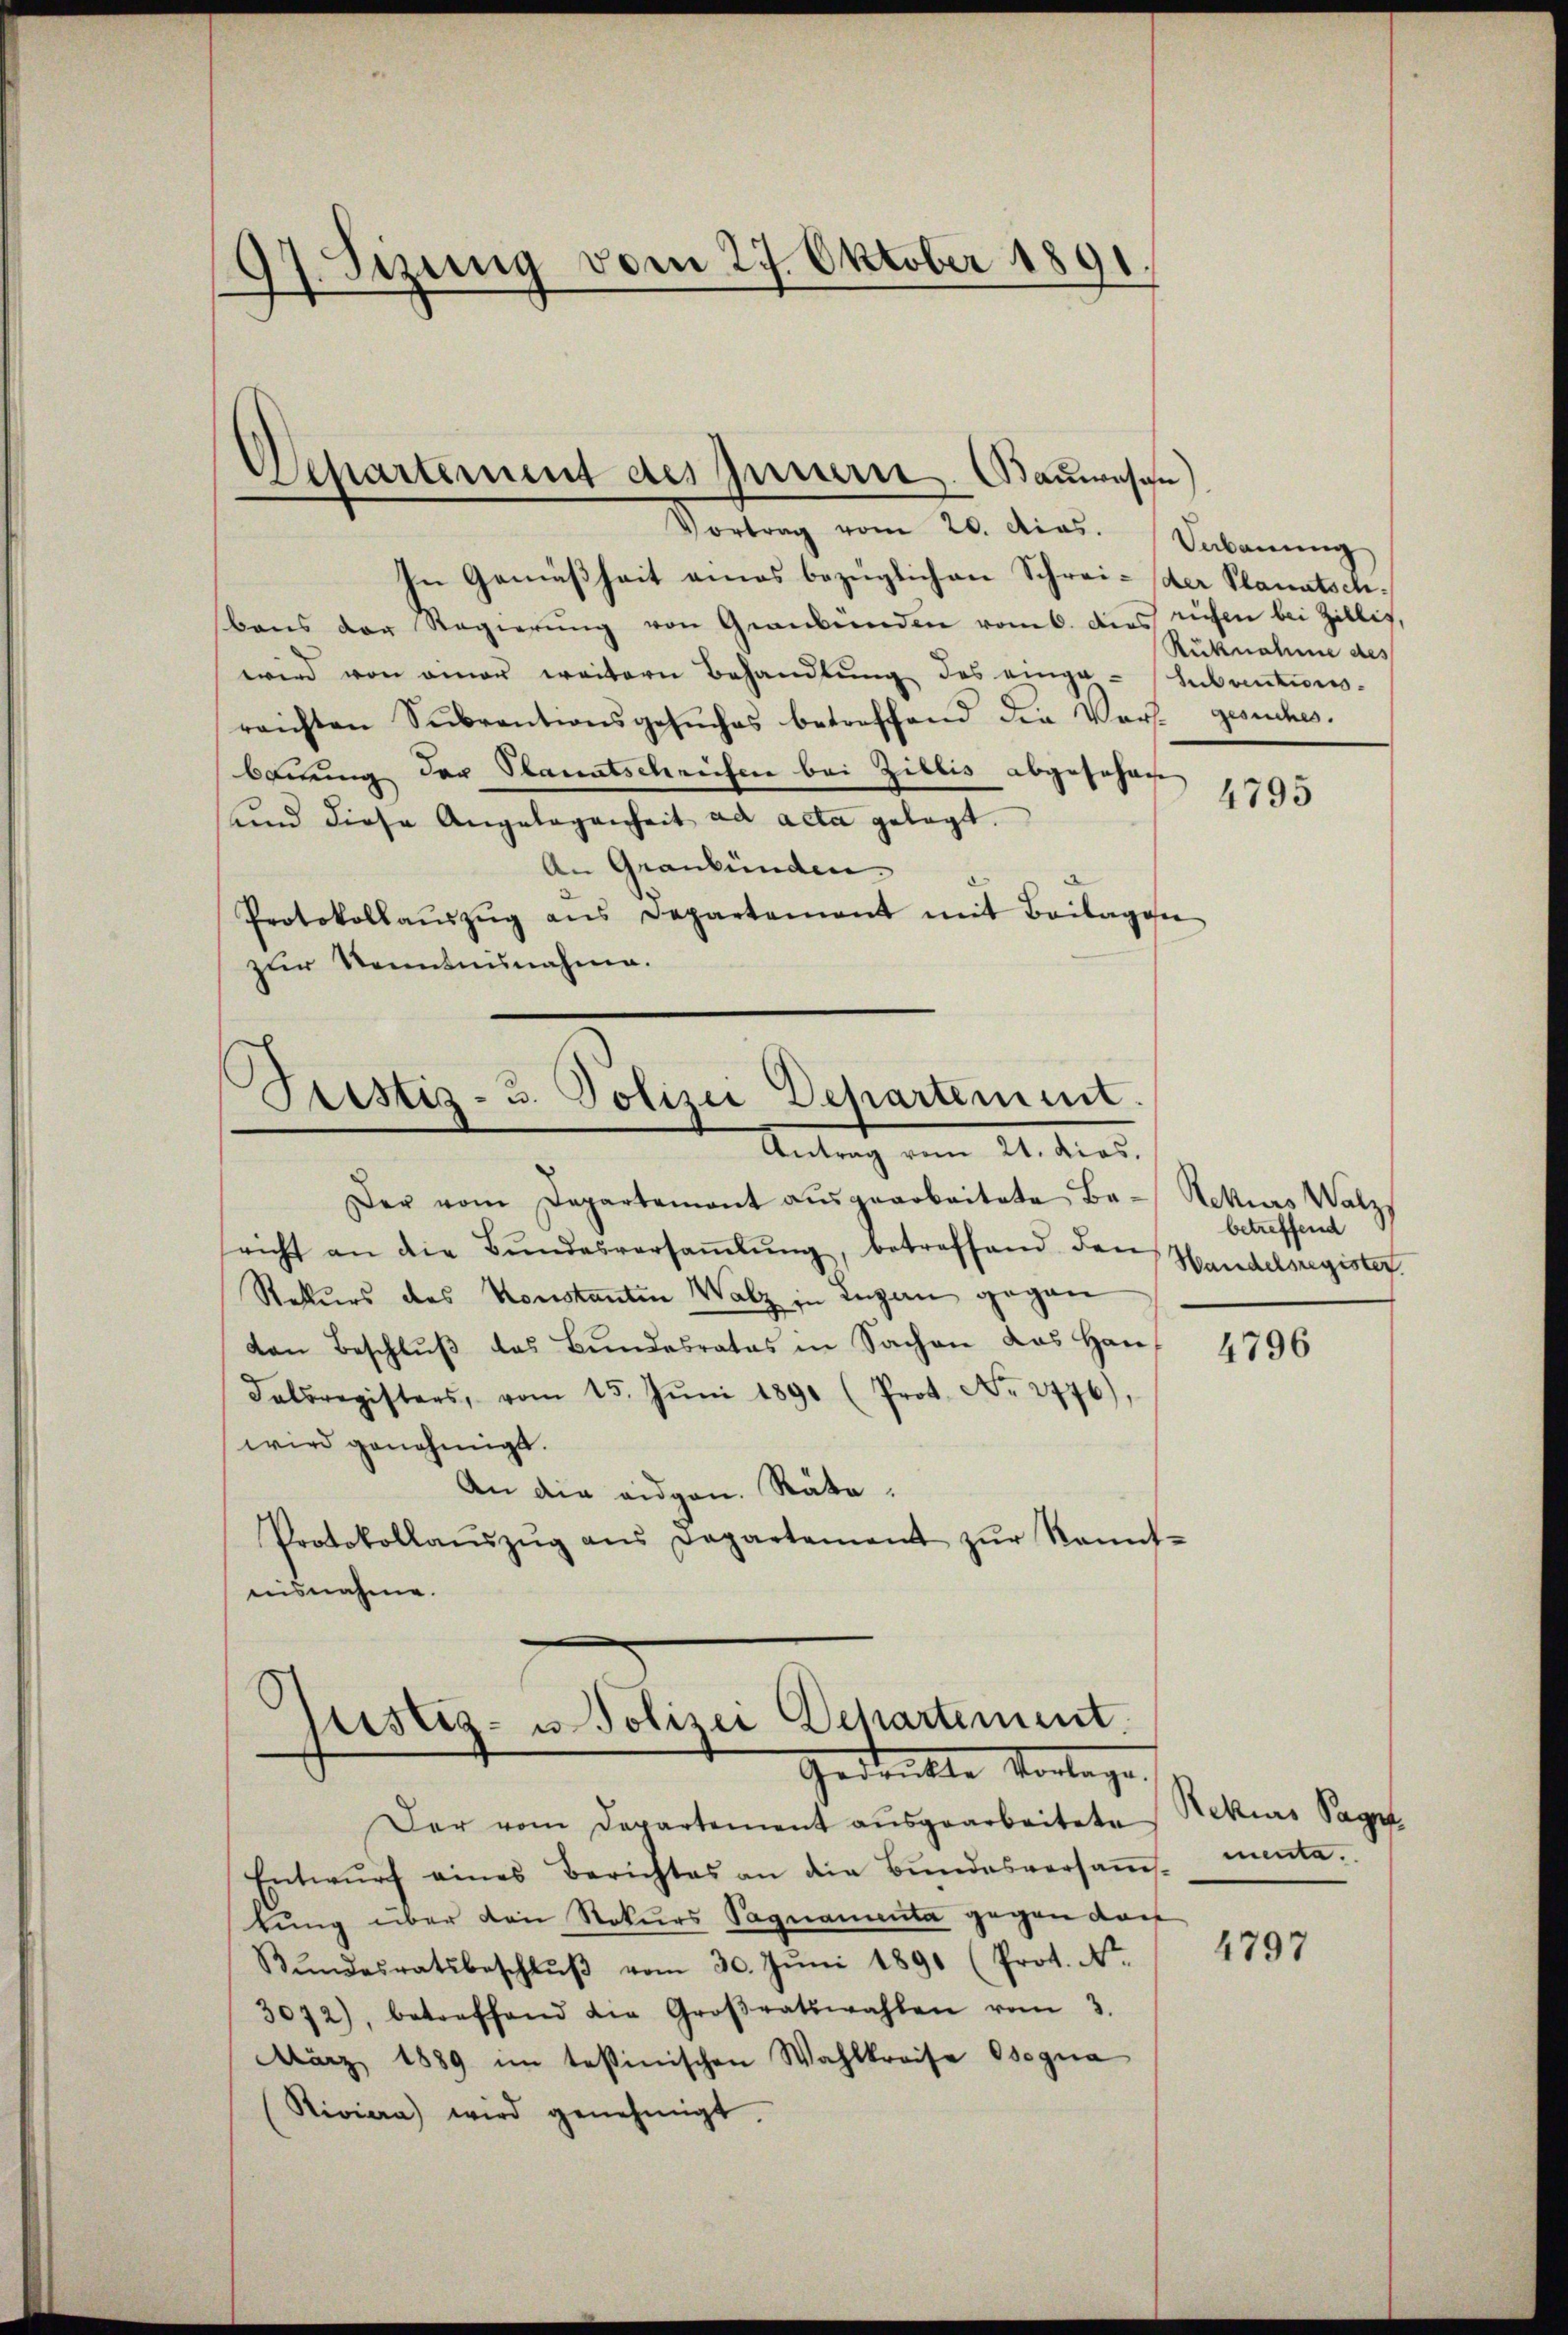
97. Sizung vom 27. Oktober 1891

Departement des Innern. Bauwesen
Vortrag vom 20. dies. Dabanŭng

In Gemäßheit eines bezüglichen Schrei- der Planatschbens der Regierŭng von Graubünden vom 6. dies riefen bei Zillis,
wird von einer weitern Behandlŭng des einge-Inbantums-
reichten Subventionsgesŭches betreffend die Vors. gesuches.
bauung der Sanatschreifen bei Zillis abgeschre
4795
und diese Angelegenheit ad acta gelegt.
An Graubünden.
Protokollaŭszŭg ans Departement mit Beilagese
zur Kenntnisnahme.

Justiz- 3. Polizei Departement.
Antrag vom 21. dies.

Der vom Departement aŭsgearbeitete Be- Nekias Walz
richt an die Bŭndesversaṁlŭng, betreffend den
Rekurs des Konstantin Walz in Lugan gegen
von Beschlŭβ das Bŭndesrates in Sachen das Han-
Falregisters, vom 15. Jŭni 1891 (Prot. No. 2776),
wird genehmigt.
An die eidgen. Räte:
Protokollaŭszŭg ans Departement zŭr kannt-
nisnahme.

s
pistiz- u. Polizei Departement.
Gedankte Vorlage.

Der vom Departement aŭsgearbeitete
Entwŭrf eines Berichtes an die Bŭndesversaṁ
tung über den Rekurs Pagnamenta gegen dar
Bŭndesratsbeschlŭβ vom 30. Jŭni 1890 (Prot. Nr.
3072), betreffend die Groβratswahlen vom 3.
März 1889 im testinischen Wahlkreise Osegna
Rivien) wird genehmigt.

Rücknahme des

betreffend
Handelsregister.

4796

Rekurs Paget
menta.
¬

f

4797